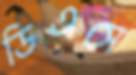
ডিএসে